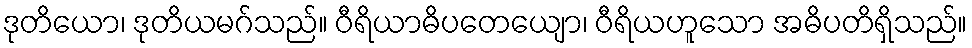
ဒုတိယော၊ ဒုတိယမဂ်သည်။ ဝီရိယာဓိပတေယျော၊ ဝီရိယဟူသော အဓိပတိရှိသည်။